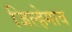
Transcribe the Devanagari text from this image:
जिल्हेगाव